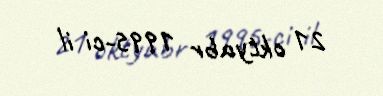
21 oktyabr 1995-ci il